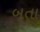
બતા